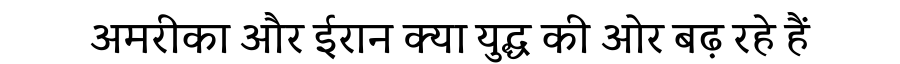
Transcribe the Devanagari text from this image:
अमरीका और ईरान क्या युद्ध की ओर बढ़ रहे हैं